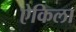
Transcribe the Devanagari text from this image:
ऐकिला